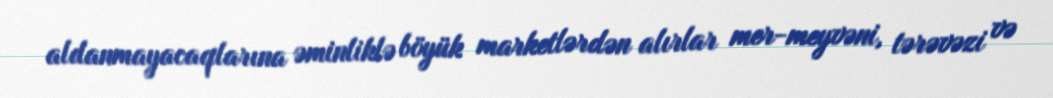
aldanmayacaqlarına əminliklə böyük marketlərdən alırlar mer-meyvəni, tərəvəzi və